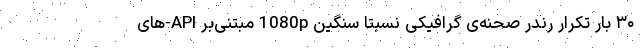
۳۰ بار تکرار رندر صحنه‌ی گرافیکی نسبتا سنگین 1080p مبتنی‌بر API-‌های